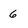
Character: 6